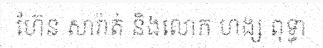
ហ៊ែន សារ៉ាត់ និងលោក ហង្ស ពុទ្ធា